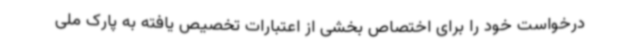
درخواست خود را برای اختصاص بخشی از اعتبارات تخصیص یافته به پارک ملی